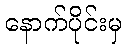
နောက်ပိုင်းမှ